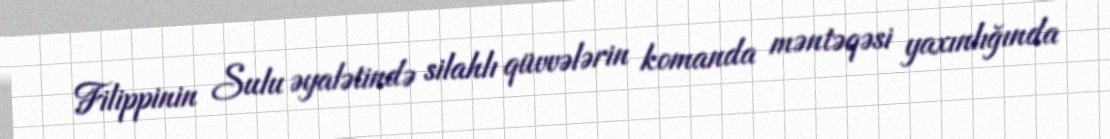
Filippinin Sulu əyalətində silahlı qüvvələrin komanda məntəqəsi yaxınlığında